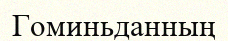
Гоминьданның